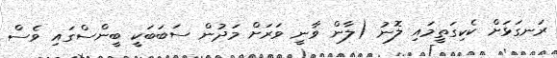
ރަނގަޅަށް ކެކިގަތީމައި ލޮނު (ލާން ވާނީ ވަރަށް މަދުން ސަބަބަކީ ބީންސްގައި ވެސް